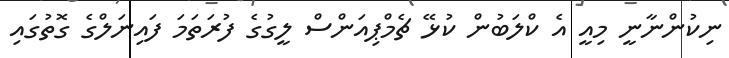
ނިކުންނާނީ މިއީ އެ ކްލަބުން ކުޅޭ ޗެމްޕިއަންސް ލީގުގެ ފުރަތަމަ ފައިނަލްގެ ގޮތުގައި